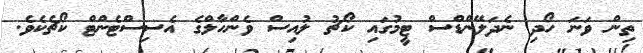
ތިން ވަނަ ހޯދި ނެދަލޭންޑްސް ޓީމުގައި ކޯޗު ލުއިސް ވެންހާލްގެ އެސިސްޓެންޓް ކޯޗެކެވެ.